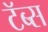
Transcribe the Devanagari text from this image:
टॅब्स